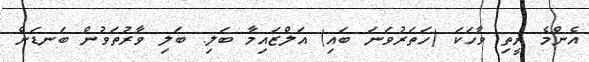
އެންމެ ރީތި ވާހަކަ (ހަތަރުވަނަ ބައި) އަލްޒައިމާ ބަލި: ބަލި ވާރުތަވުން ބަނޑަށް